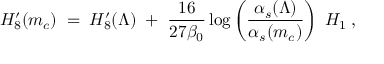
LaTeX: { H _ { 8 } ^ { \prime } ( m _ { c } ) \; = \; H _ { 8 } ^ { \prime } ( \Lambda ) \; + \; { \frac { 1 6 } { 2 7 \beta _ { 0 } } } \log \left( { \frac { \alpha _ { s } ( \Lambda ) } { \alpha _ { s } ( m _ { c } ) } } \right) \; H _ { 1 } \; , }